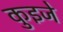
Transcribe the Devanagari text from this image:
कुइजे